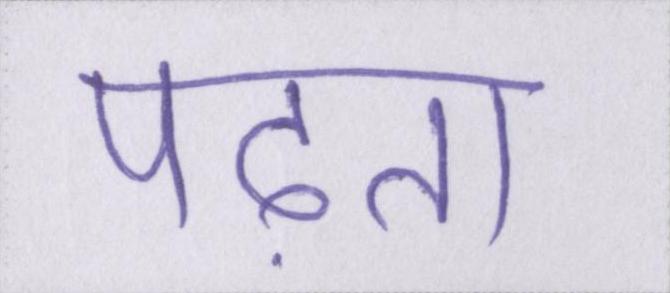
पढ़ता